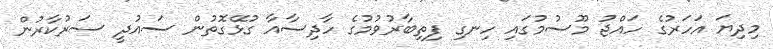
މިދިޔަ އަހަރުގެ ހައްޖު މޫސުމުގައި ހިނގި ފިތިބާރުވުމުގެ ހާދިސާއާ ގުޅޭގޮތުން ސައުދީ ސަރުކާރުން